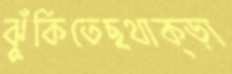
ঝুঁকিতেছথাক্‌ড়া